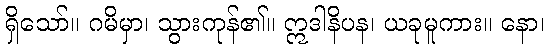
ရှိသော်။ ဂမိမှာ၊ သွားကုန်၏။ ဣဒါနိပန၊ ယခုမူကား။ နော၊